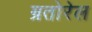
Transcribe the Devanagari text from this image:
म्रतोरेल